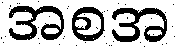
အစအ